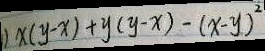
) x ( y - x ) + y ( y - x ) - ( x - y ) ^ { 2 }